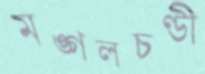
মঙ্গলচণ্ডী